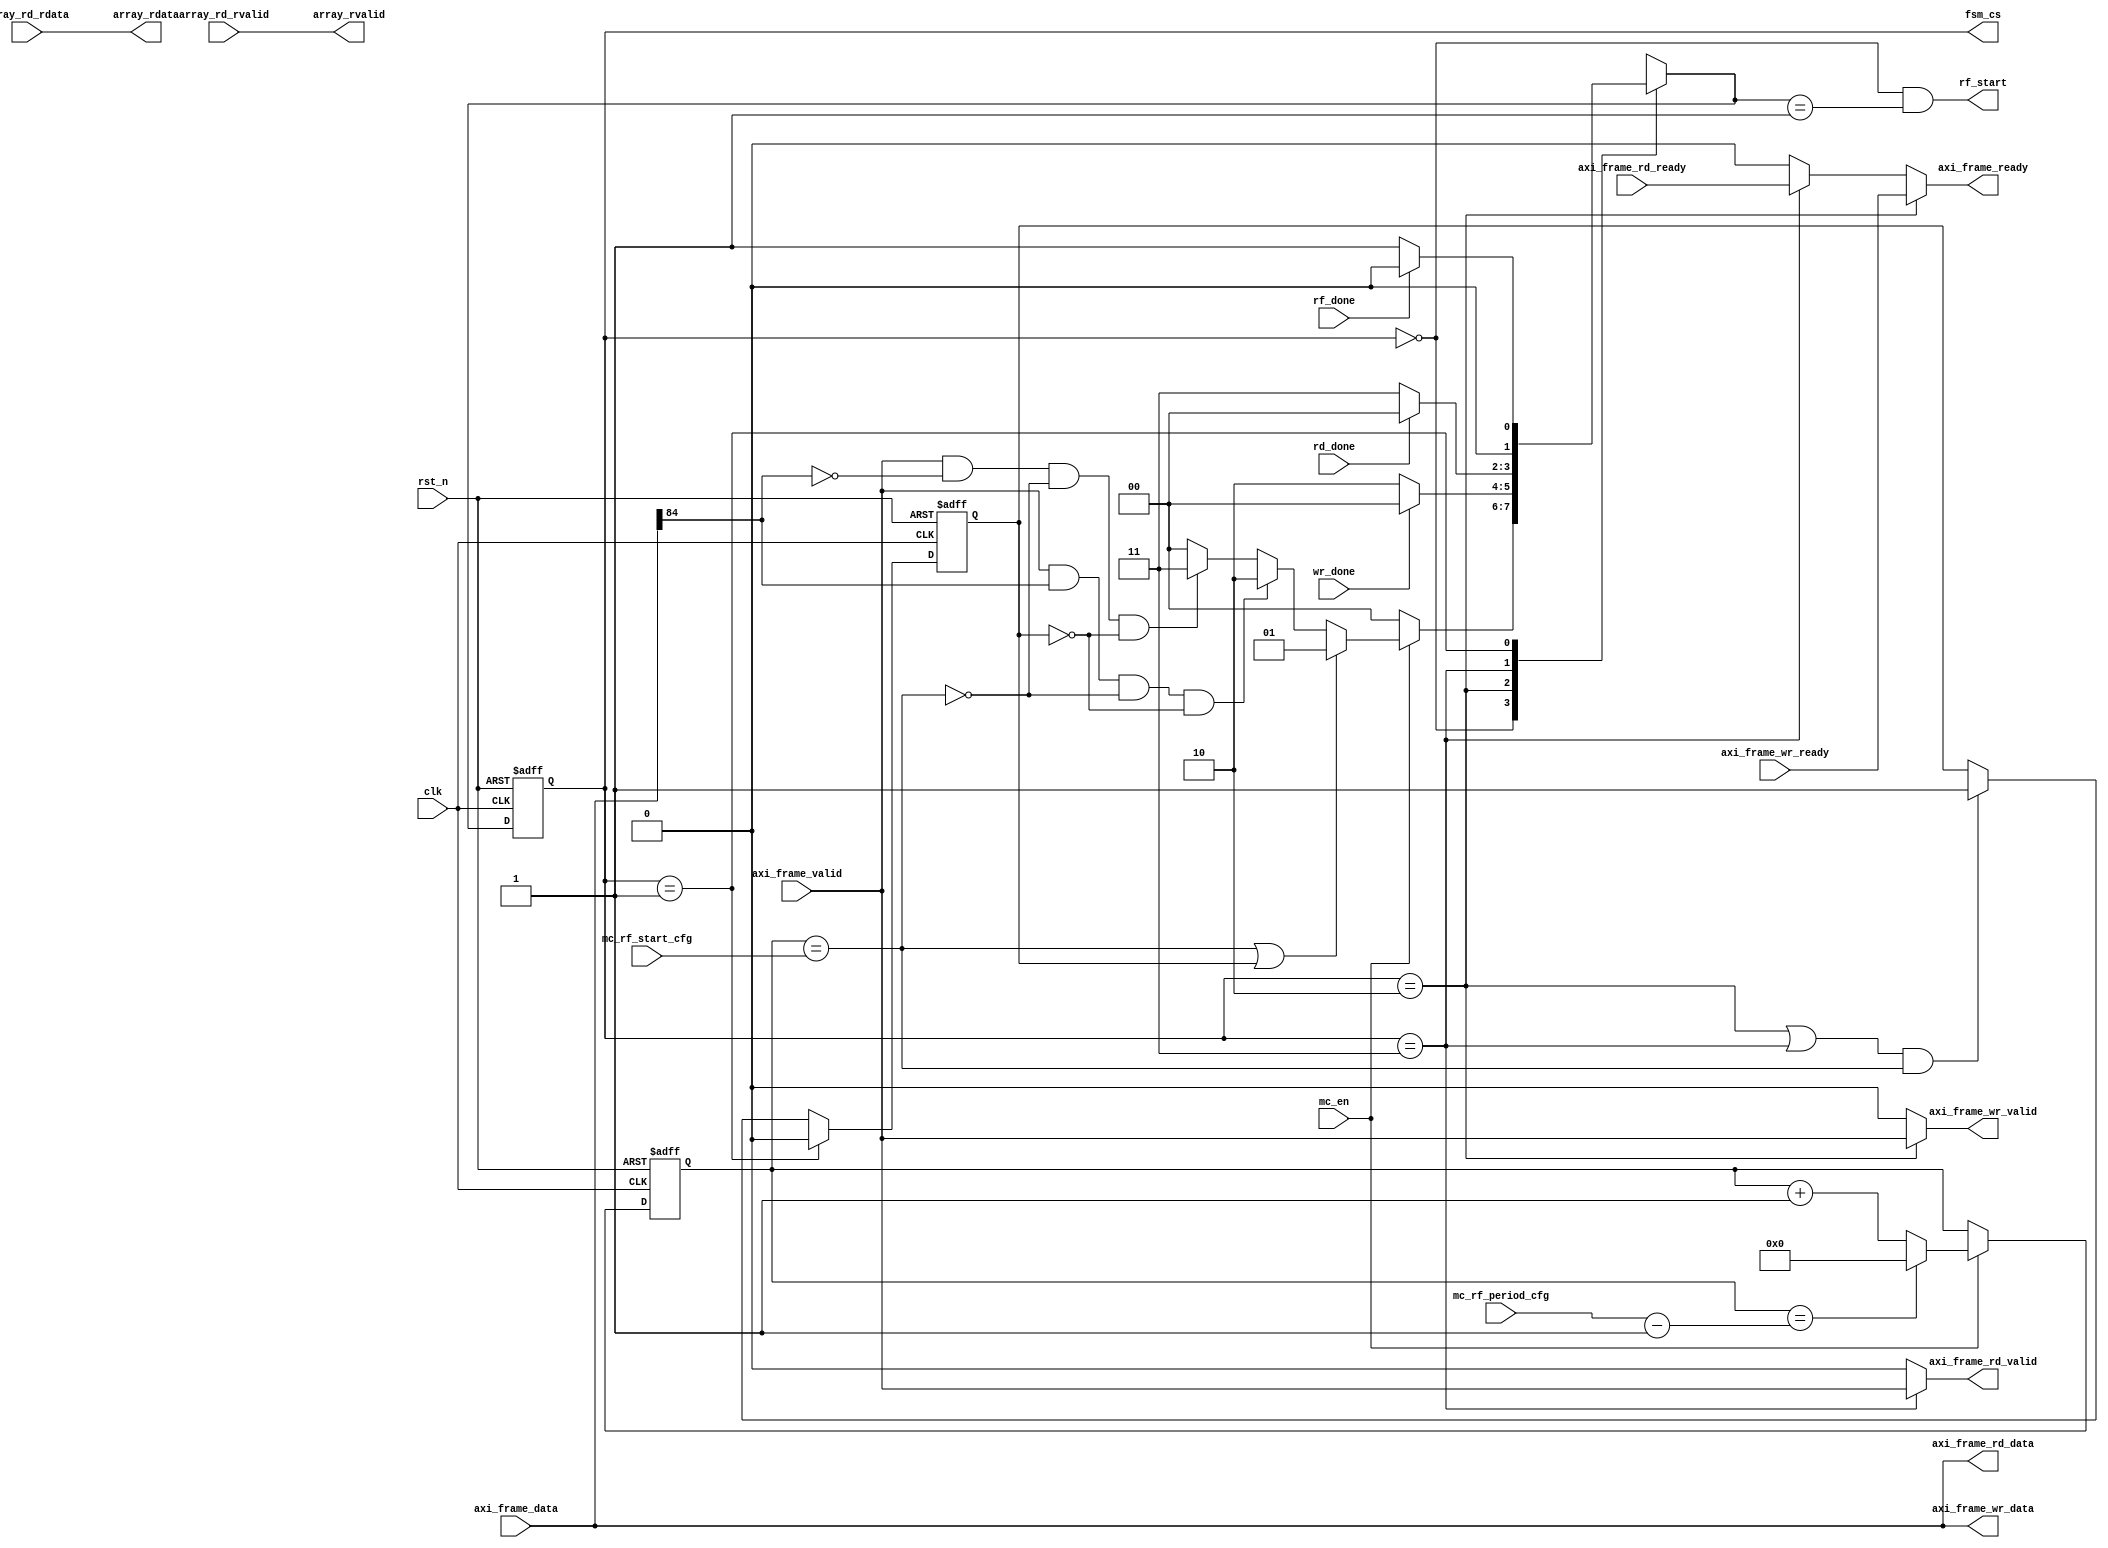
module fsm_ctrl #(
    parameter AXI_ADDR_WIDTH  = 20,
    parameter AXI_DATA_WIDTH  = 64,
    parameter AXI_FRAME_WIDTH = AXI_ADDR_WIDTH + AXI_DATA_WIDTH + 3
)(
    //global signal
    input                            clk               ,
    input                            rst_n             ,
    input                            mc_en             ,
    //mc_apb_cfg
    input      [27:0]                mc_rf_start_cfg   ,
    input      [27:0]                mc_rf_period_cfg  ,
    //axi_slave
    input      [AXI_FRAME_WIDTH-1:0] axi_frame_data    ,
    input                            axi_frame_valid   ,
    output reg                       axi_frame_ready   ,
    output     [AXI_DATA_WIDTH-1:0]  array_rdata       ,
    output                           array_rvalid      ,
    //array_wr_ctrl
    output     [AXI_FRAME_WIDTH-1:0] axi_frame_wr_data ,
    output                           axi_frame_wr_valid,
    input                            axi_frame_wr_ready,
    input                            wr_done           ,
    //array_rd_ctrl
    output     [AXI_FRAME_WIDTH-1:0] axi_frame_rd_data ,
    output                           axi_frame_rd_valid,
    input                            axi_frame_rd_ready,
    input                            rd_done           ,
    input      [AXI_DATA_WIDTH-1:0]  array_rd_rdata    ,  //read datas from array_rd_ctrl
    input                            array_rd_rvalid   ,
    //array_rf_ctrl
    output                           rf_start          ,
    input                            rf_done           ,
    //array_if_sel
    output reg [1:0]                 fsm_cs            
);

//fsm signal
parameter IDLE = 2'd0, RF = 2'd1, WR = 2'd2, RD = 2'd3;
reg [1:0]  fsm_ns     ;
//rf signal
reg [27:0] rf_cnt     ;
wire       rf_req     ;
reg        rf_req_wait;  
//rw req signal
wire       rw_flag    ;
wire       wr_req     ;
wire       rd_req     ;

//fsm logic
always@(posedge clk or negedge rst_n) begin
if(!rst_n)
    fsm_cs <= IDLE  ;
else
    fsm_cs <= fsm_ns;
end 

always@(*) begin
case(fsm_cs)
    IDLE: begin
        if(mc_en) begin
            if(rf_req || rf_req_wait)
                fsm_ns = RF;
            else if(wr_req)
                fsm_ns = WR;
            else if(rd_req)
                fsm_ns = RD;
            else
                fsm_ns = IDLE;
        end   
        else 
            fsm_ns = IDLE;
    end
    WR: begin
        if(wr_done)
            fsm_ns = IDLE;
        else
            fsm_ns = WR  ;
    end
    RD: begin
        if(rd_done)
            fsm_ns = IDLE;
        else
            fsm_ns = RD  ;
    end
    RF: begin
        if(rf_done)
            fsm_ns = IDLE;
        else
            fsm_ns = RF  ;
    end
    default: fsm_ns = IDLE;
endcase
end


//rf logic
always@(posedge clk or negedge rst_n) begin
if(!rst_n)
    rf_cnt <= 28'd0;
else if(mc_en) begin
    if(rf_cnt == mc_rf_period_cfg-28'd1)
        rf_cnt <= 28'd0;
    else
        rf_cnt <= rf_cnt + 28'd1;
end
end 

assign rf_req = rf_cnt==mc_rf_start_cfg;

always@(posedge clk or negedge rst_n) begin
if(!rst_n)
    rf_req_wait <= 1'b0;
else if(fsm_cs==RF)
    rf_req_wait <= 1'b0;
else if((fsm_cs==WR || fsm_cs==RD) && rf_req)
    rf_req_wait <= 1'b1;
end

assign rf_start = (fsm_cs==IDLE) && (fsm_ns==RF);

//rw req ready logic
assign rw_flag = axi_frame_data[AXI_FRAME_WIDTH-3];
assign wr_req  = axi_frame_valid &&  rw_flag && (~rf_req) && (~rf_req_wait);
assign rd_req  = axi_frame_valid && ~rw_flag && (~rf_req) && (~rf_req_wait);

always@(*) begin
if(fsm_cs == WR)
    axi_frame_ready = axi_frame_wr_ready;
else if(fsm_cs == RD)
    axi_frame_ready = axi_frame_rd_ready;
else 
    axi_frame_ready = 1'b0;
end

//array_wr_ctrl logic
assign axi_frame_wr_valid = (fsm_cs==WR)? axi_frame_valid:1'b0;
assign axi_frame_wr_data  = axi_frame_data;

//array_rd_ctrl logic
assign axi_frame_rd_valid = (fsm_cs==RD)? axi_frame_valid:1'b0;
assign axi_frame_rd_data  = axi_frame_data;

//array_rdata logic
assign array_rdata  = array_rd_rdata ;
assign array_rvalid = array_rd_rvalid; 


endmodule